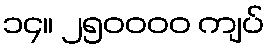
၁၄။ ၂၅၀၀၀၀ ကျပ်